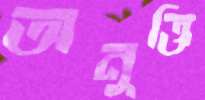
অনুক্তি